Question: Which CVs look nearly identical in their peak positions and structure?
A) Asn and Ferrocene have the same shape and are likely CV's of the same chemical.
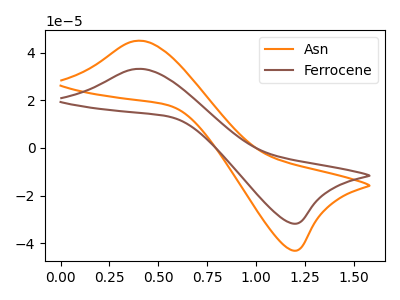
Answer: <think>The orange curve "Asn" has an anodic peak at (0.40V, 45.05uA) and a cathodic peak at (1.20V, -43.10uA). The brown curve "Ferrocene" has an anodic peak at (0.40V, 33.20uA) and a cathodic peak at (1.20V, -31.80uA).
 All the peaks in "Asn" have a peak in "Ferrocene" at the same potential. Every peak in "Asn" is higher than every peak in "Ferrocene".</think>
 <answer>A) "Asn" and "Ferrocene" have the same shape and are likely CV's of the same chemical.</answer>
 <eval>A</eval>